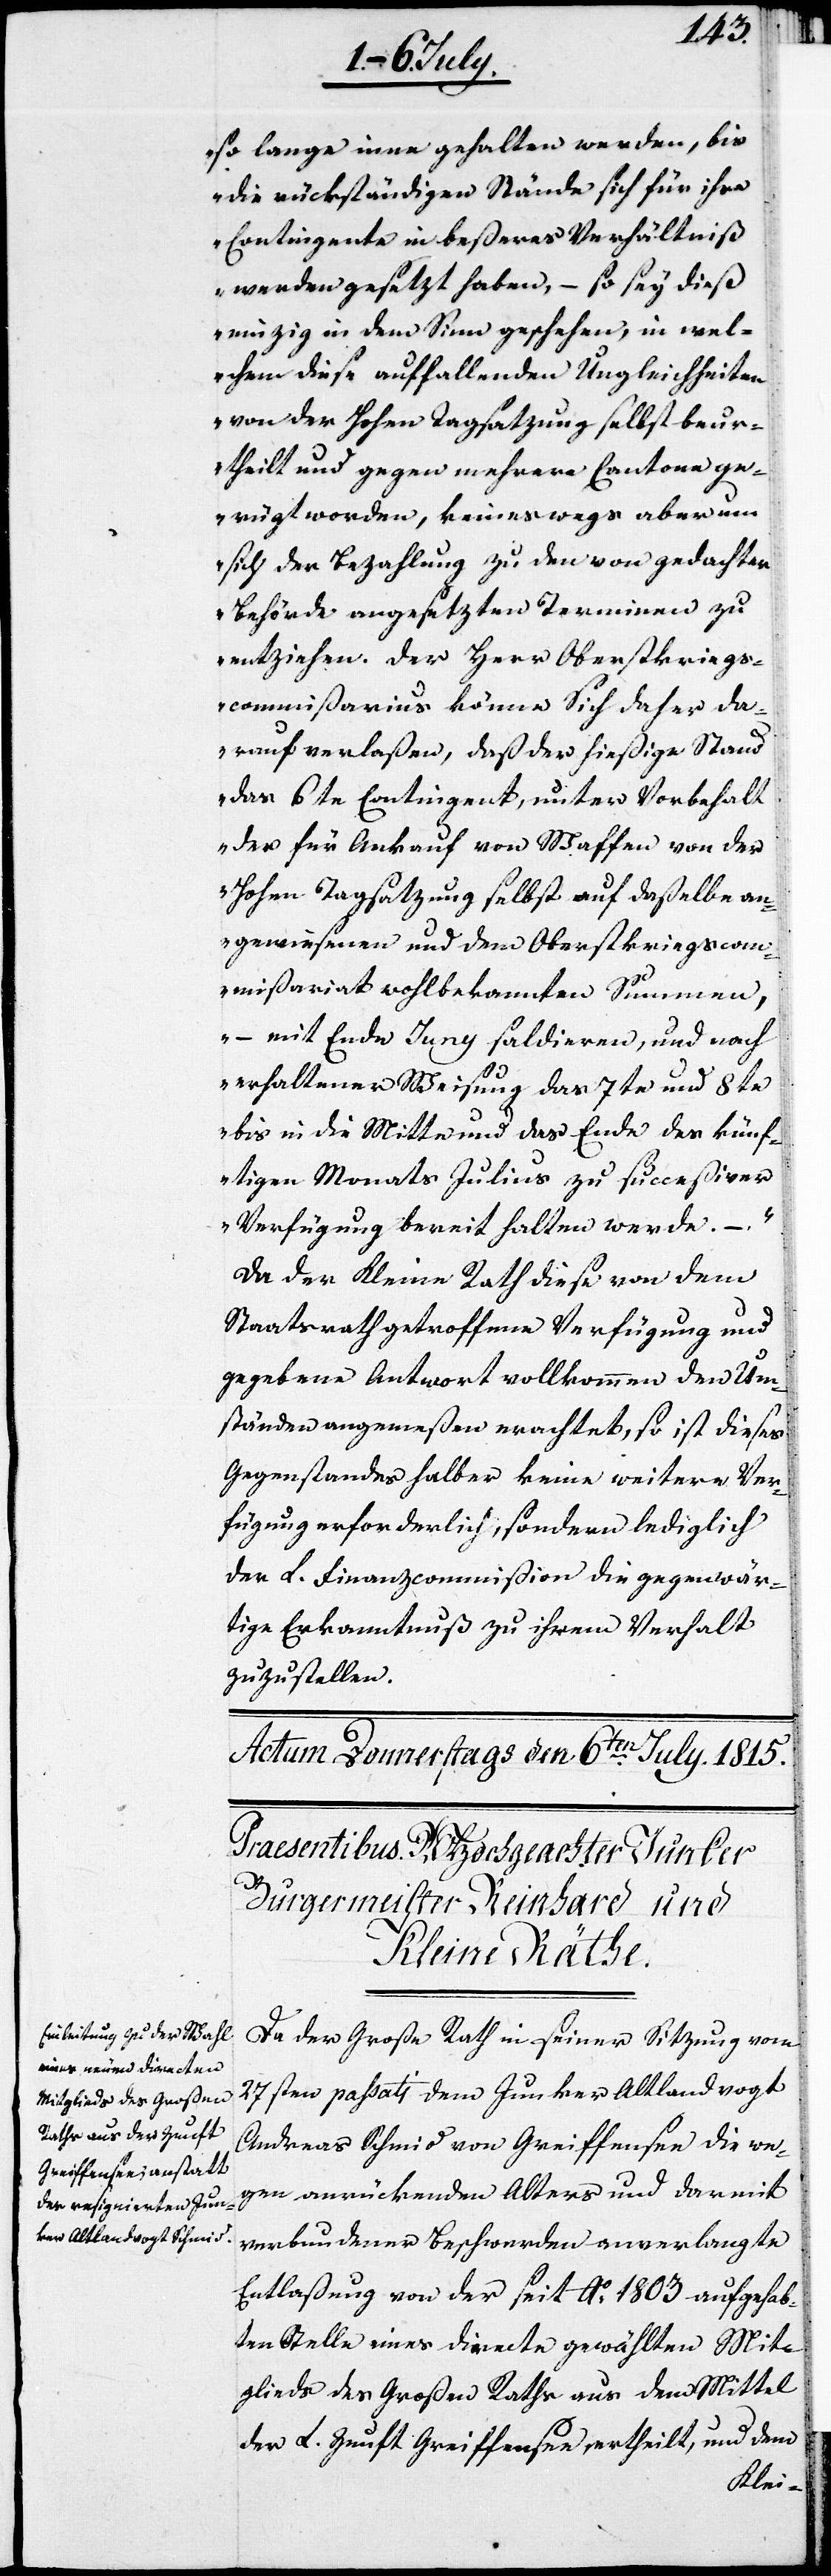
so lange inne gehalten werden, bis
die rückständigen Stände sich für ihre
Contingente in beßeres Verhältniß
werden gesetzt haben, – so sey dieß
einzig in dem Sinn geschehen, in wel¬
chem diese auffallenden Ungleichheiten
von der Hohen Tagsatzung selbst beur¬
theilt und gegen mehrere Cantone ge¬
rügt worden, keineswegs aber um
sich der Bezahlung zu den von gedachter
Behörde angesetzten Terminen zu
entziehen. Der Herr Oberstkriegs¬
commißarius könne sich daher da¬
rauf verlaßen, daß der hießige Stand
das 6te Contingent, unter Vorbehalt
der für Ankauf von Waffen von der
Hohen Tagsatzung selbst auf daßelbe an¬
gewiesenen und dem Oberstkriegscom¬
mißariat wohlbekannten Summen,
– mit Ende Juny saldieren, und nach
erhaltener Weise das 7te und 8te
bis in die Mitte und das Ende des künf¬
tigen Monats Julius zu succeßiver
Verfügung bereit halten werde. –
Da der Kleine Rath diese von dem
Staatsrath getroffene Verfügung und
gegebene Antwort vollkommen den Um¬
ständen angemeßen erachtet, so ist dieses
Gegenstandes halber keine weitere Ver¬
fügung erforderlich, sondern lediglich
der L. Finanzcommißion die gegenwär¬
tige Erkanntnuß zu ihrem Verhalt
zuzustellen.
Da der Große Rath in seiner Sitzung vom
27sten passati dem Junker Altlandvogt
Andreas Schmid von Greiffensee die we¬
gen anrückenden Alters und darmit
verbundenen Beschwerden anverlangte
Entlaßung von der seit Ao 1803 aufgehab¬
ten Stelle eines directe gewählten Mit¬
glieds des Großen Raths aus dem Mittel
der L. Zunft Greiffensee, ertheilt, und dem